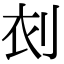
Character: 𠜆